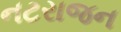
નટરાજન